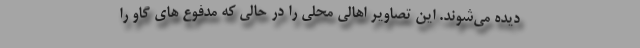
دیده می‌شوند. این تصاویر اهالی محلی را در حالی که مدفوع های گاو را